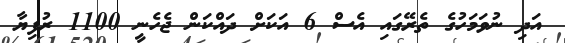
އަދި ނުވަމަހުގެ ތެރޭގައި އެސް 6 އަކަށް ދައްކަން ޖެހެނީ 1100 ރުފިޔާ